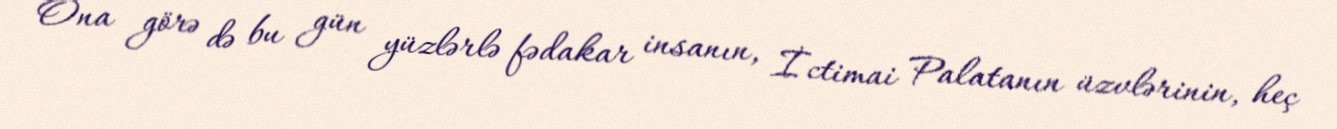
Ona görə də bu gün yüzlərlə fədakar insanın, İctimai Palatanın üzvlərinin, heç